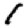
Digit: 1